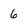
Character: 6